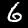
Label: 6